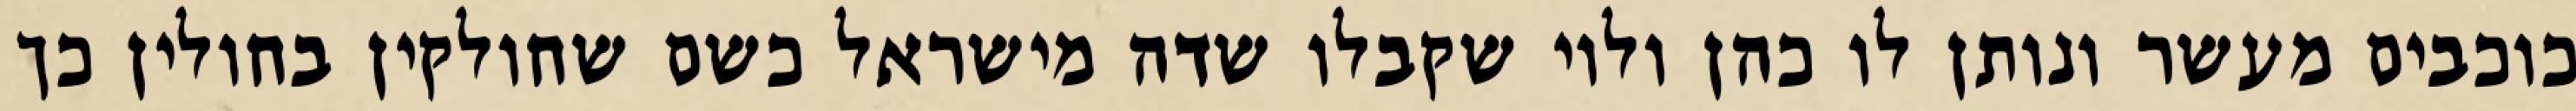
כוכבים מעשר ונותן לו כהן ולוי שקבלו שדה מישראל כשם שחולקין בחולין כך